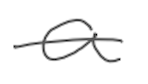
Text: a
Cross-out: single-line
Writing tool: digital_gray